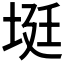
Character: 𡋺